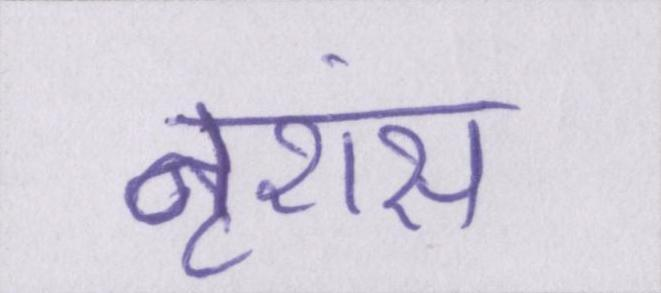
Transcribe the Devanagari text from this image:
नृशंस